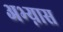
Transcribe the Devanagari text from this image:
अभ्य़ास